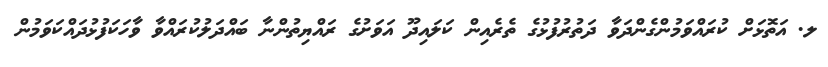
ލ. އަތޮޅަށް ކުރައްވަމުންގެންދަވާ ދަތުރުފުޅުގެ ތެރެއިން ކަލައިދޫ އަވަށުގެ ރައްޔިތުންނާ ބައްދަލުކުރައްވާ ވާހަކަފުޅުދައްކަވަމުން